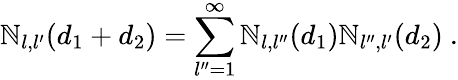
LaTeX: \mathbb{N}_{l,l^{\prime}}(d_{1}+d_{2})=\sum_{l^{\prime\prime}=1}^{\infty}\mathbb{N}_{l,l^{\prime\prime}}(d_{1})\mathbb{N}_{l^{\prime\prime},l^{\prime}}(d_{2})\ .